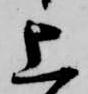
上